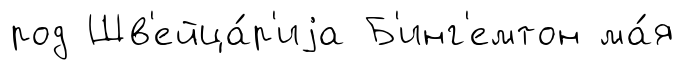
род Шв'ейца́р'иjа Б'инг'емтон ма́я